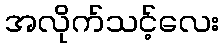
အလိုက်သင့်လေး